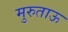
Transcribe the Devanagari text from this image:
मुरुताऊ